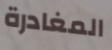
المغادرة